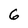
Character: 6